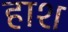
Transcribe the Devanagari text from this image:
हाश